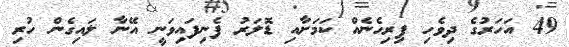
49 އަހަރުގެ ދިވެހި ފިރިހެނެއް ކަމަށާއި ޑޮލަރު ފެނިފައިވަނީ އޭނާ ލައިގެން ހުރި